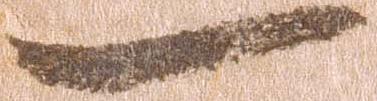
一